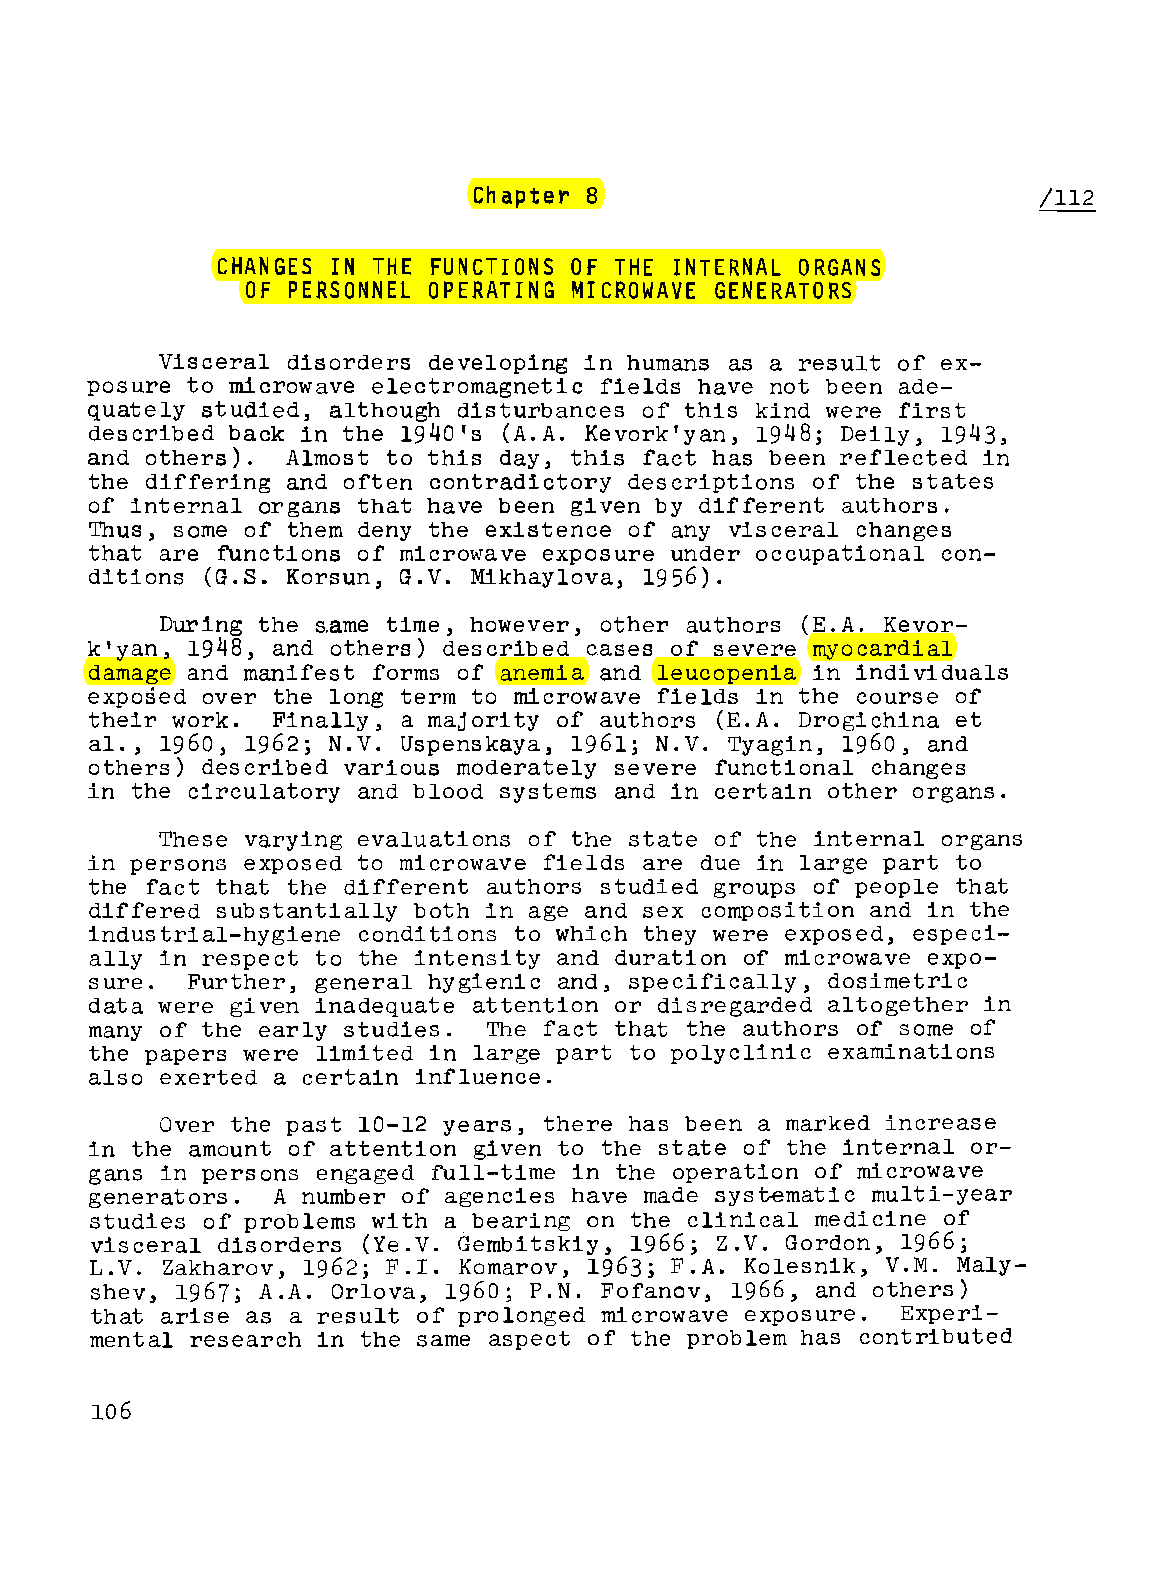
Chapter 8
 CHANGES IN THE FUNCTIONS OF THE INTERNAL ORGANS
 OF PERSONNEL OPERATING MICROWAVE GENERATORS
 Visceral disorders developing in humans as a result of ex
 posure to microwave electromagnetic fields have not been ade
 quately studied, although disturbances of this kind were first
 described back in the 1940's (A.A. Kevork'yan, 1948; Deily, 1943,
 and others). Almost to this day, this fact has been reflected in
 the differing and often contradictory descriptions of the states
 of internal organs that have been given by different authors.
 Thus, some of them deny the existence of any visceral changes
 that are functions of microwave exposure under occupational con
 ditions (G.S. Korsun, G.V. Mikhaylova, 1956).
 During the s,ame time, however, other authors (E.A. Kevor
 k'yan, 1948, and others) described c.ases of severe myocardial
 damage and manifest forms of anemia and leucopenia in individuals
 exposed over the long term to microwave fields in the course of
 their work. Finally, a majority of authors (E.A. Drogichina et
 al., 1960, 1962; N.V. Uspenskaya, 1961; N.V. Tyagin, 1960, and
 others) described various moderately severe functional changes
 in the circulatory and blood systems and in certain other organs.
 These varying evaluations of the state of the internal organs
 in persons exposed to microwave fields are due in large part to
 the fact that the different authors studied groups of people that
 differed substantially both in age and sex composition and in the
 industrial-hygiene conditions to which they were exposed, especi
 ally in respect to the intensity and duration of microwave expo
 sure. Further, general hy enic and, specifically, dosimetric
 data were given inadequate attention or disregarded altogether in
 many of the early studies. The fact that the authors of some of
 the papers were limited in large part to polyclinic examinations
 also exerted a certain influence.
 Over the past 10-12 years, there has been a marked increase
 in the amount of attention given to the state of the internal or
 gans in persons engaged full-time in the operation of microwave
 generators. A number of agencies have made systematic multi-year
 studies of problems with a bearing on the clinical medicine of
 visceral disorders (Ye.V. Gembitskiy, 1966; Z.V. Gordon, 1966;
 L.V. Zakharov, 1962; F.I. Komarov, 1963; F.A. Kolesnik, V.M. Maly
 shev, 1967; A.A. Orlova, 1960; P.N. Fofanov, 1966, and others)
 that arise as a result of prolonged microwave exposure. Experi
 mental research in the same aspect of the problem has contributed
 106